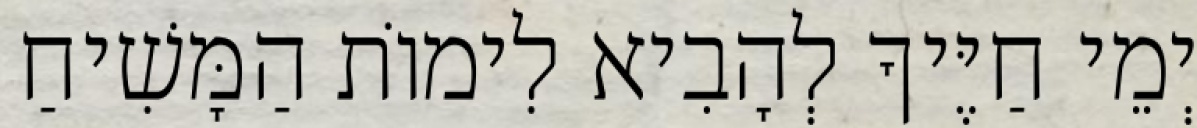
יְמֵי חַיֶּיךָ לְהָבִיא לִימוֹת הַמָּשִׁיחַ